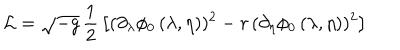
{ \cal L } = \sqrt { - g } \, { \frac { 1 } { 2 } } \left[ ( \partial _ { \lambda } \phi _ { 0 } \, ( \lambda , \eta ) ) ^ { 2 } - r \, ( \partial _ { \eta } \phi _ { 0 } \, ( \lambda , \eta ) ) ^ { 2 } \right]